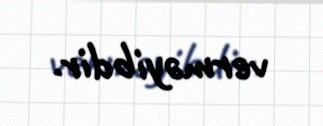
verməyibdir.